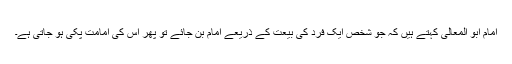
امام ابو المعالی کہتے ہیں کہ جو شخص ایک فرد کی بیعت کے ذریعے امام بن جائے تو پھر اس کی امامت پکی ہو جاتی ہے۔